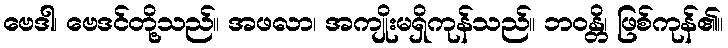
ဗေဒါ၊ ဗေဒင်တို့သည်။ အဖလာ၊ အကျိုးမရှိကုန်သည်။ ဘဝန္တိ၊ ဖြစ်ကုန်၏။